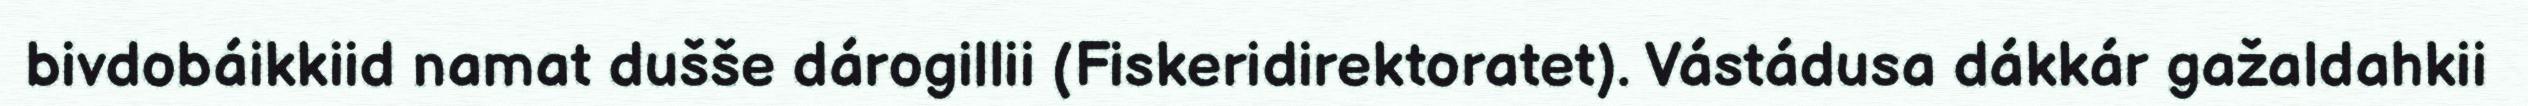
bivdobáikkiid namat dušše dárogillii (Fiskeridirektoratet). Vástádusa dákkár gažaldahkii